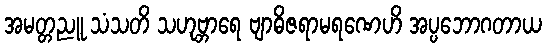
အမတ္တညူ သံသတိ သဟုဗ္ဘာရေ ဗျာဓိဇရာမရဏေဟိ အပ္ပဘောဂတာယ